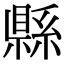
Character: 縣